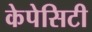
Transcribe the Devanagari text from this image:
केपेसिटी